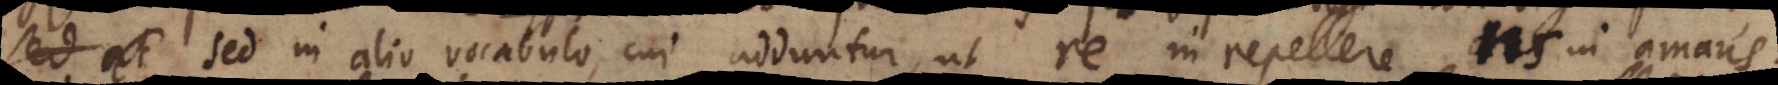
sed in alio vocabulo, cui adduntur, ut re in repellere, ns in amans